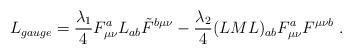
\begin{align*}L_{gauge} = {\lambda_1\over 4} F_{\mu\nu}^a L_{ab}\tilde{F}^{b\mu\nu} - {\lambda_2\over 4} (LML)_{ab} F_{\mu\nu}^a F^{\mu\nu b}{}~.\end{align*}